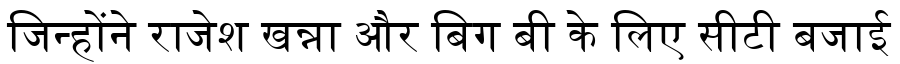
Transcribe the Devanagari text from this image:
जिन्होंने राजेश खन्ना और बिग बी के लिए सीटी बजाई